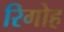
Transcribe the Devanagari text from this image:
रिगोह